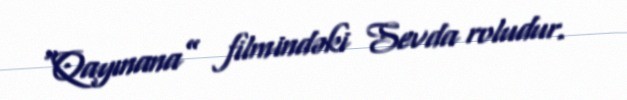
“Qayınana” filmindəki Sevda roludur.